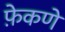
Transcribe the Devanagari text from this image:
फ़ेकणे